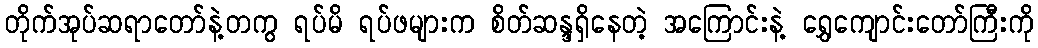
တိုက်အုပ်ဆရာတော်နဲ့တကွ ရပ်မိ ရပ်ဖများက စိတ်ဆန္ဒရှိနေတဲ့ အကြောင်းနဲ့ ရွှေကျောင်းတော်ကြီးကို